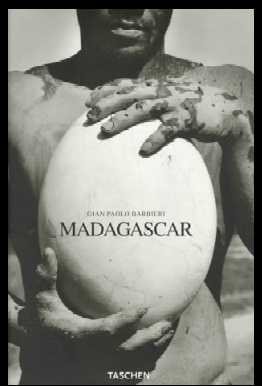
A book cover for Madagascar; Gian Paolo Barbieri; Travel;